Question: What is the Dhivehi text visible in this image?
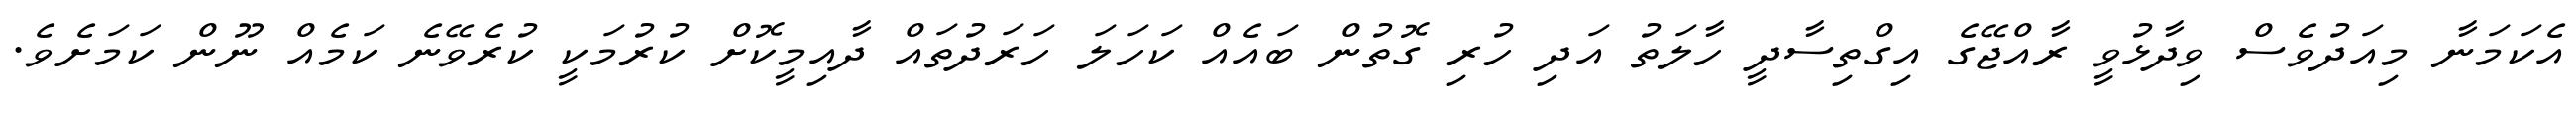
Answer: އެކަމަނާ މިއަދުވެސް ވިދާޅުވީ ރާއްޖޭގެ އިގްތިސާދީ ހާލަތު އަދި ހުރި ގޮތުން ބައެއް ކަހަލަ ހަރަދުތައް ދާއިމީކޮށް ކުރުމަކީ ކުރެވޭނެ ކަމެއް ނޫން ކަމަށެވެ.